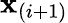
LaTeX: \mathbf{x}_{(i+1)}